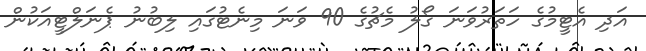
އަދި އެޓީމުގެ ހަތަރުވަނަ ގޯލު މެޗުގެ 90 ވަނަ މިނެޓުގައި ލިބުނު ޕެނަލްޓީއަކުން